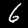
Label: 6